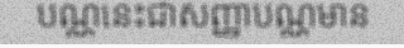
បណ្ណនេះជាសញ្ញាបណ្ណមាន